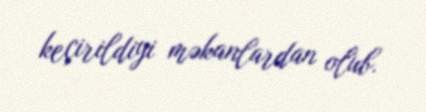
keçirildiyi məkanlardan olub.